Annual report of the Punjab Veterinary College and of the Civil Veterinary Department, Punjab - 1894-1908
Year: 1894
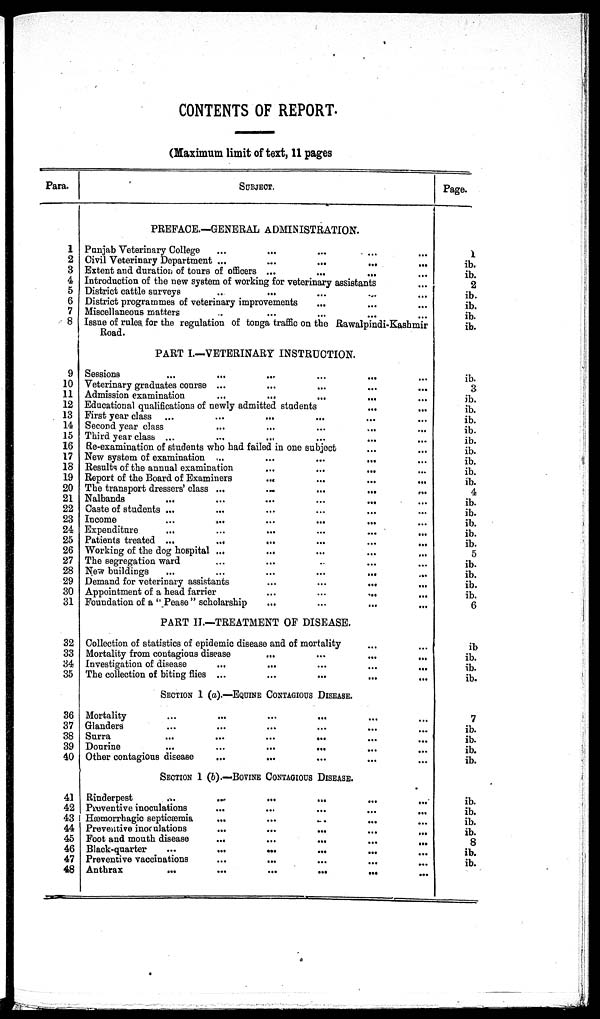
CONTENTS OF REPORT.
(Maximum limit of text, 11 pages
Para.
1
2
3
4
5
6
7
8
9
10
11
12
13
14
15
16
17
18
19
20
21
22
23
24
25
26
27
28
29
30
31
32
33
34
35
36
37
38
39
40
41
42
43
44
45
46
47
48
SUBJECT.
PREFACE.—GENERAL ADMINISTRATION.
Panjab Veterinary College ... ... ... ... ...
Civil Veterinary Department ...
....
...
...
Extent and duration of tours of officers ...
...
...
Introduction of the new system of working for veterinary assistants
District cattle surveys ... ... ... ... ...
District programmes of veterinary improvements ... ... ...
Miscellaneous matters ... ... ... ... ...
Issue of rules for the regulation of tonga traffic on the Rawalpindi-Kashmir
Road.
PART I.—VETERINARY INSTRUCTION.
Sessions
...
...
...
...
...
Veterinary graduates course ... ... ... ... ... ...
Admission examination
...
...
...
...
Educational qualifications of newly admitted students
...
First year class ... ... ... ... ...
Second year class
...
...
...
...
Third year class ...
Re-examination of students who had failed in one subject
New system of examination ...
...
...
...
Results of the annual examination
...
...
...
Report of the Board of Examiners
... ... ... ... ... ...
The transport dressers' class ...
...
...
...
...
Nalbands
...
...
...
...
...
Caste of students ... ... ... ... ... ...
Income
...
...
...
...
...
Expenditure
...
...
...
...
...
...
Patients treated ...
...
...
...
...
...
Working of the dog hospital ...
The segregation ward ... ... ... ... ...
New buildings
...
...
...
...
...
...
Demand for veterinary assistants
...
...
...
Appointment of a head farrier
...
...
...
Foundation of a "Pease" scholarship
...
...
...
...
PART II.—TREATMENT OF DISEASE.
Collection of statistics of epidemic disease and of mortality
Mortality from contagious disease
...
...
...
...
Investigation of disease
...
...
The collection of biting flies ...
SECTION 1 (a).—EQUINE CONTAGIUS DISEASE.
Mortality ... ... ... ... ...
Glanders ... ... ... ... ...
Surra
...
...
...
...
Dourine
...
...
...
...
Other contagious disease ... ... ... ... ...
SECTION 1 (b).—BOVINE CONTAGIOUS DISEASE.
Rinderpest
...
...
...
...
...
...
Preventive inoculations
Hæmorrhagic septicæmia
...
Preventive inoculations
...
...
...
...
...
Foot and mouth disease
...
...
...
Black-quarter
...
...
...
...
...
Preventive vaccinations
...
...
Anthrax
...
...
...
...
...
...
...
Page.
1
ib.
ib.
2
ib.
ib.
ib.
ib.
ib.
3
ib.
ib.
ib.
ib.
ib.
ib.
ib.
ib.
ib.
4
ib.
ib.
ib.
ib.
ib.
5
ib.
ib.
ib.
ib.
6
ib
ib.
ib.
ib.
7
ib.
ib.
ib.
ib.
ib.
ib.
ib.
ib.
8
ib.
ib.